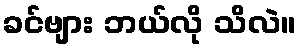
ခင်ဗျား ဘယ်လို သိလဲ။